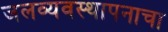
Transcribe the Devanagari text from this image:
जलव्यवस्थापनाचा